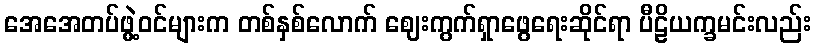
အေအေတပ်ဖွဲ့ဝင်များက တစ်နှစ်လောက် ဈေးကွက်ရှာဖွေရေးဆိုင်ရာ ပီဠိယက္ခမင်းလည်း